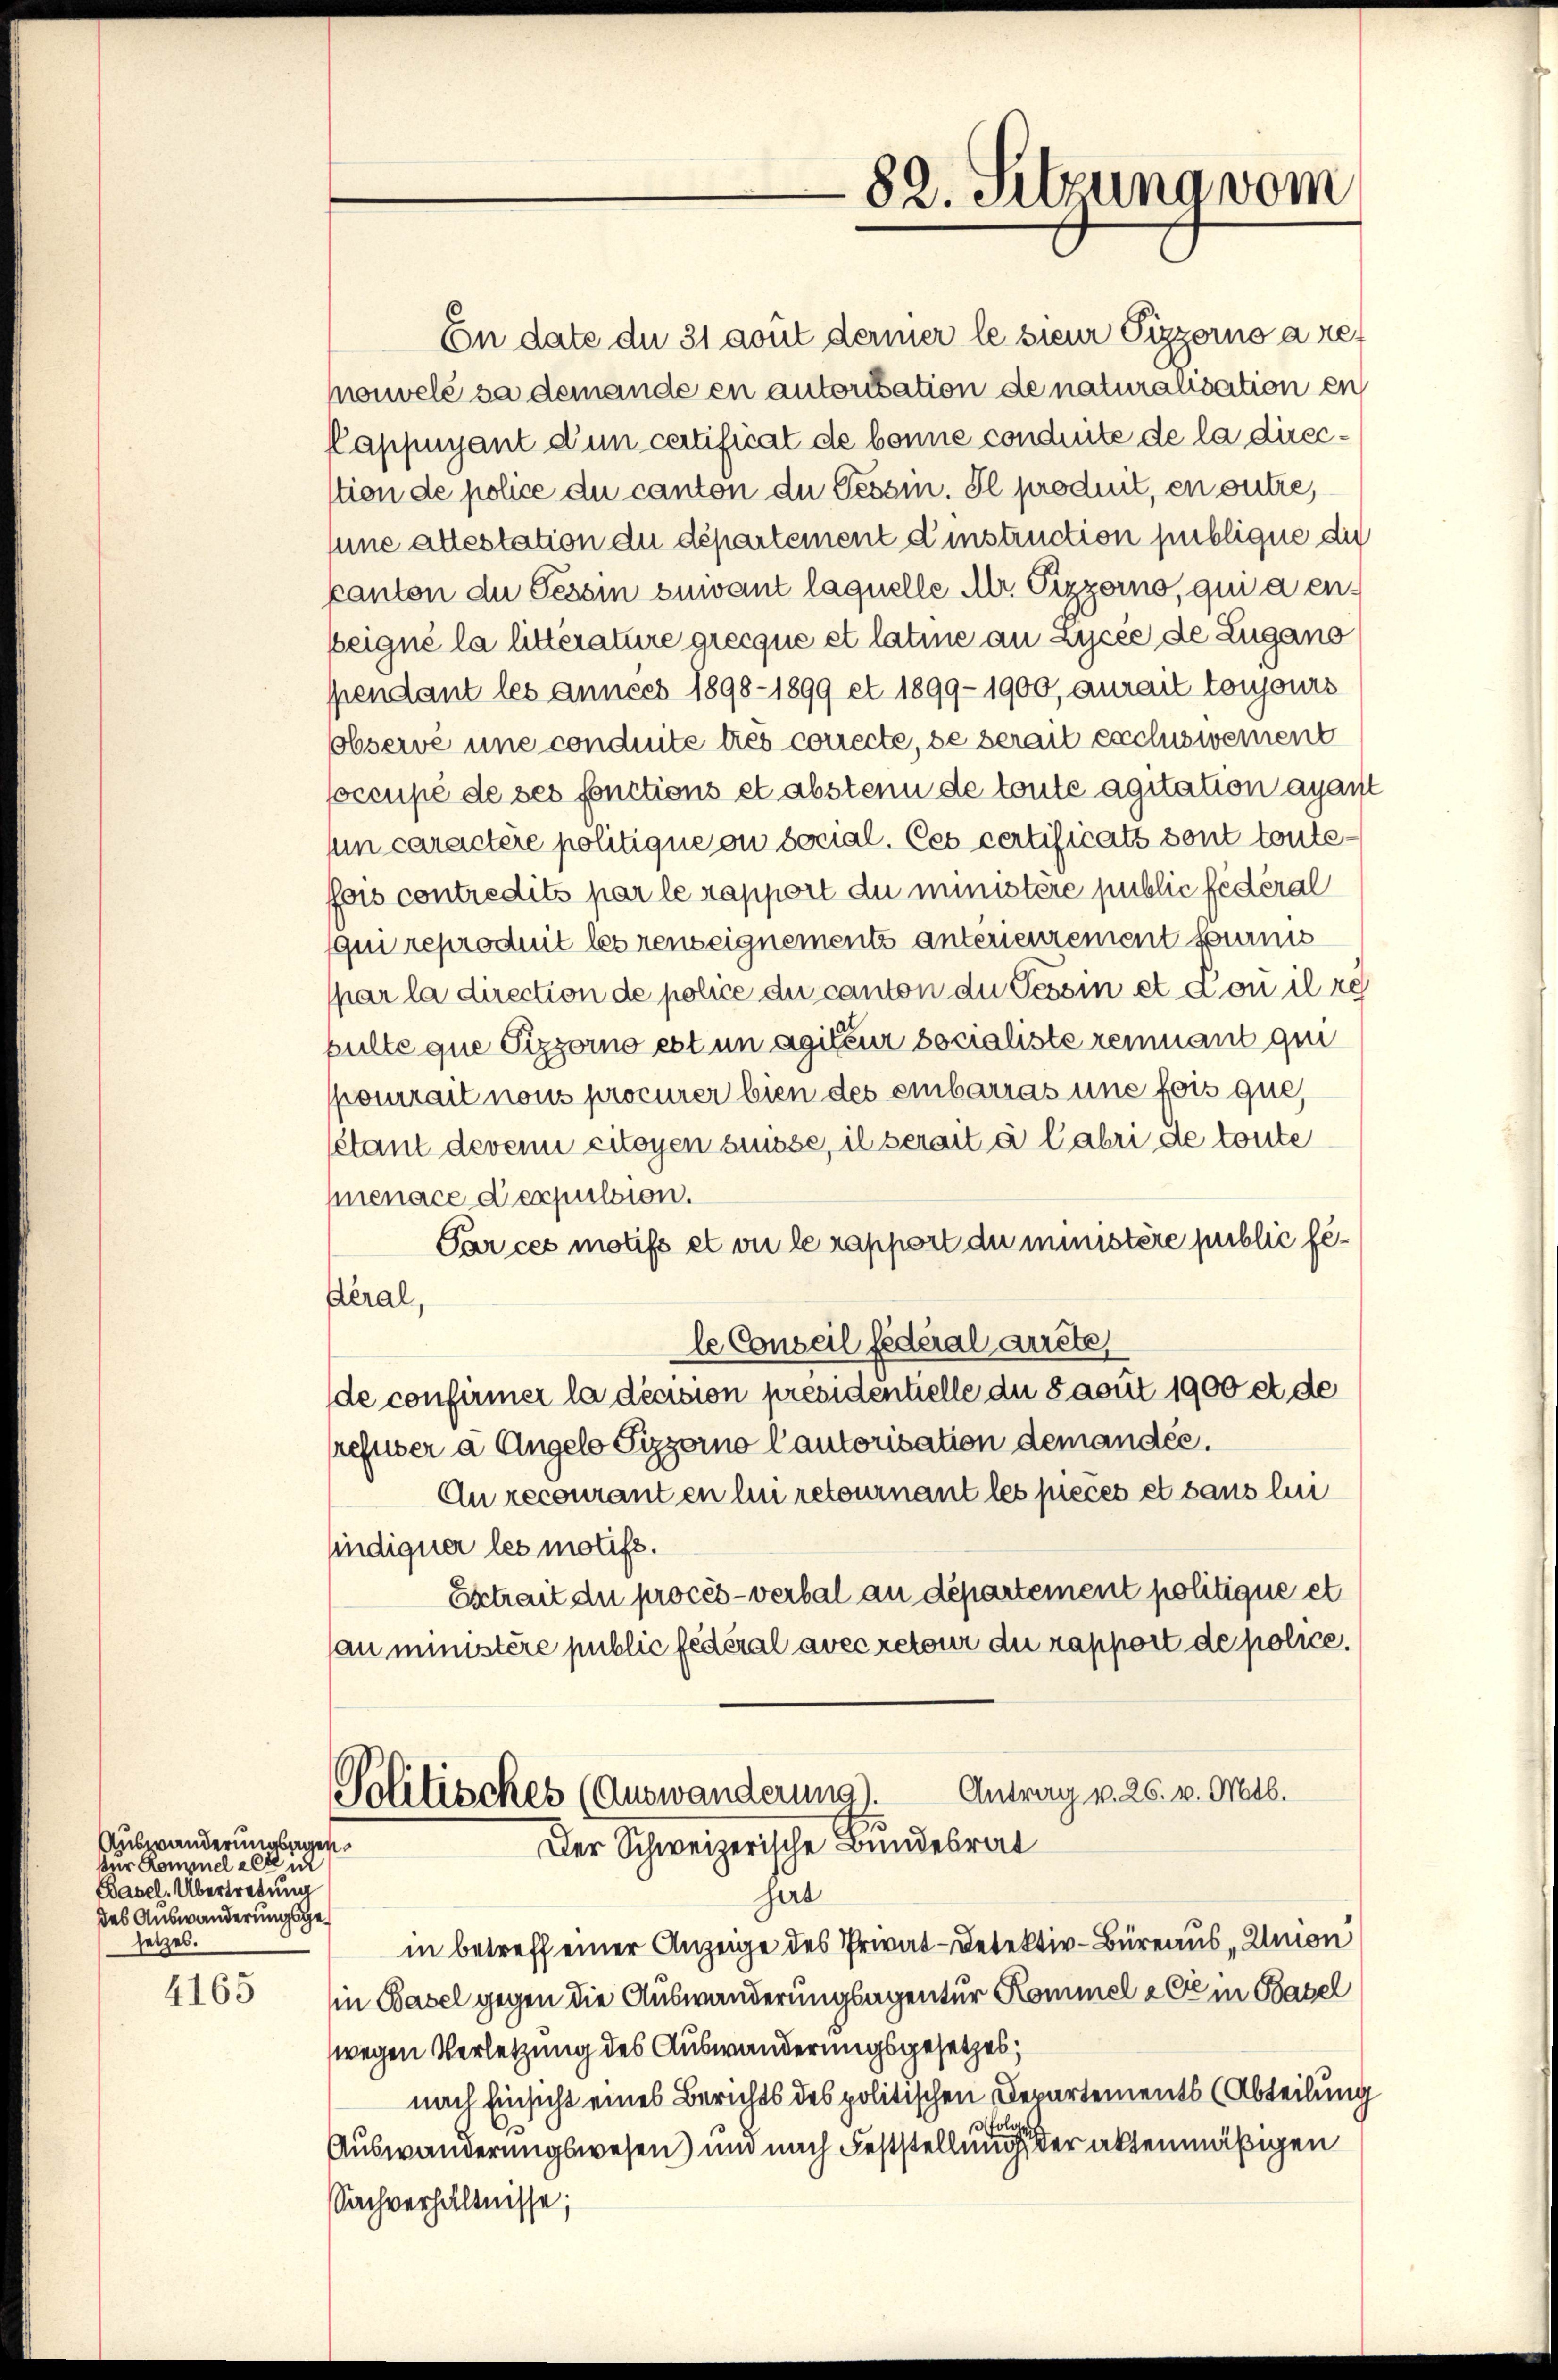
Auswanderungsagenfür Kommel als ich
Basel. Übertretung
des Auswanderungsgesetzes.

4165

En date du 31 gout derer le sieur Pizzorno a re-
nouvelé sa demande en autorisation de naturalisation en
Cappuyant d’un certificat de bonne conduite de la direcstion de police du canton de Tessin. Il produit, en outre,
une altestation du département d’instruction publique die
kanton die Tessin suivant laquelle Mr. Pizzerno, qui a enbeigné la litterature grecque et latine an Zycée de Zugano
pendant les années 1898-1899 et 1899-1900, aurait toujours
observé une conduite trés correcte, de berait exclusiement
foccupé de ses fonctions et absten de toute agitation ayant
sum caractère politique on social. Ces certificats sont toutefois contredits par le rapport du ministère public fédéral
qui reproduit les renseignements antérieurement fournis
par la direction de police du canton die Tessin et Con il re
pulte que Pizzorno est un agittire socialiste rennant qui
pourrait nous procurer bien des einbarras une fois que,
étant devem citoyen süsse, il serait à labri de toute
menace d’expulsion.
Par ces motifs et ou le rapport du ministère public fe¬
Geral,
le Conseil fédéral arrste
de confirmer la décision presidentielle du saput 1900 et de
refuser a Angelo Pizzorno Cantorisation demandée.
Au recouranten hu retournant les pieces et sans lui
sindiquer les motifs.
Extrait die procès-verbal au département politique et
sau ministère public fédéral avec retour du rapport de police.
Antrag v. 26. v. Mts.
Politisches (Auswanderung
Der Schweizerische Bundesrat
hart
in betreff einer Anzeige des Privat-Detektiv-Büreaus Union
in Basel gegen die Auswanderungsagentur Kommel à Cie in Basel
wegen Verletzung des Auswanderungsgesetzes;
nach Einsicht eines Berichts des politischen Departements (Abteilung
Auswanderungswesen) und nach Feststellung der aktenmäßigen
Sachverhältnisse;

82. Sitzung vom